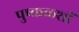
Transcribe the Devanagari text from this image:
पुष्कळशीं